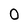
Character: 0